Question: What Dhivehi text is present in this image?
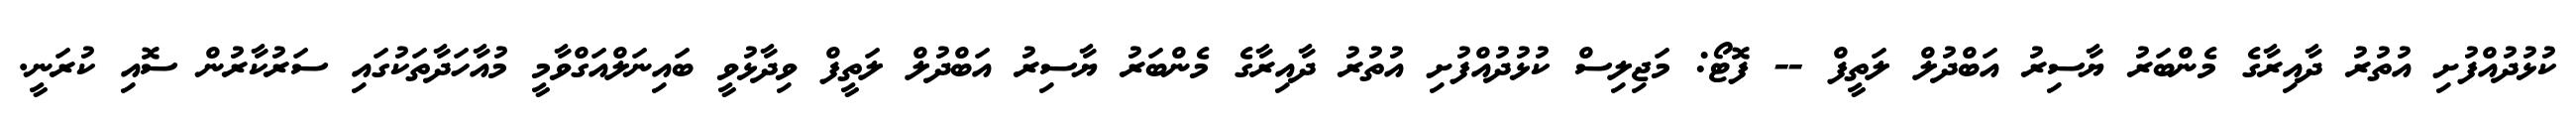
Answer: ކުޅުދުއްފުށި އުތުރު ދާއިރާގެ މެންބަރު ޔާސިރު އަބްދުލް ލަތީފް -- ފޮޓޯ: މަޖިލިސް ކުޅުދުއްފުށި އުތުރު ދާއިރާގެ މެންބަރު ޔާސިރު އަބްދުލް ލަތީފް ވިދާޅުވީ ބައިނަލްއަގްވާމީ މުއާހަދާތަކުގައި ސަރުކާރުން ސޮއި ކުރަނީ.